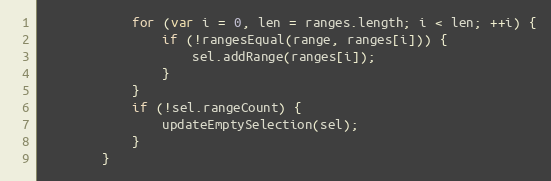
Language: JavaScript
            for (var i = 0, len = ranges.length; i < len; ++i) {
                if (!rangesEqual(range, ranges[i])) {
                    sel.addRange(ranges[i]);
                }
            }
            if (!sel.rangeCount) {
                updateEmptySelection(sel);
            }
        }